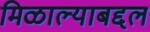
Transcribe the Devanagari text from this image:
मिळाल्याबद्दल